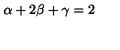
\alpha + 2 \beta + \gamma = 2